Vaccine operations Central Provinces & Berar 1922-1929 - 1922-1929
Year: 1922
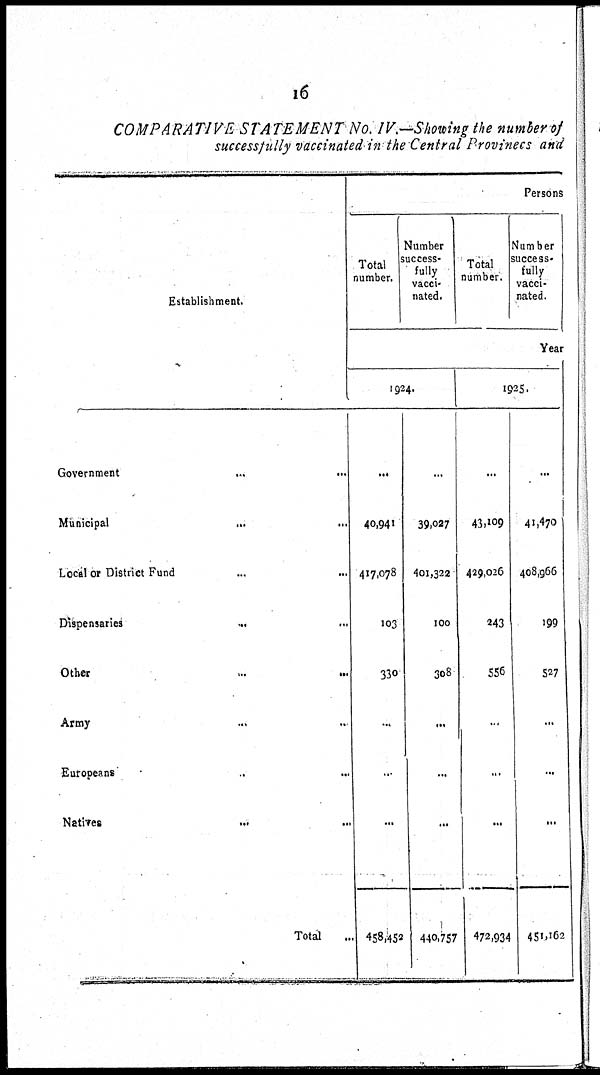
16
COMPARATIVE STATEMENT No. IV.—Showing the number of
successfully vaccinated in the Central Provinecs and
Establishment.
Government
...
...
Municipal
...
...
Local or District Fund ... ...
Dispensaries
...
...
Other
...
...
Army ... ...
Europeans ... ...
Natives
...
...
Total ...
Persons
Total
number.
Number
success-
fully
vacci-
nated.
Total
number.
Number
success-
fully
vacci-
nated.
Year
1924.
...
40,941
417,078
103
330
...
...
...
458,452
...
39,027
401,322
100
308
...
...
...
440,757
1925.
...
43,109
429,026
243
556
...
...
...
472,934
...
41,470
408,966
199
527
...
...
...
451,162